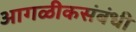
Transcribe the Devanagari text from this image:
आगळीकसंबंधी